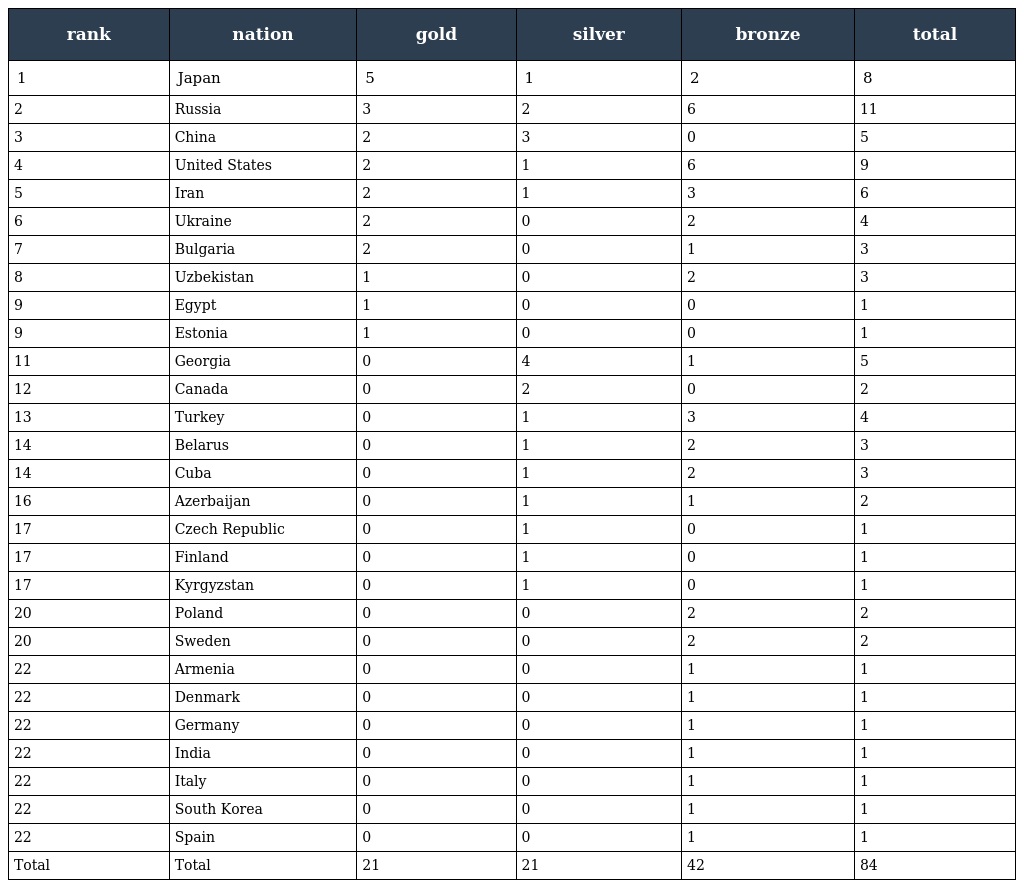
| rank | nation | gold | silver | bronze | total |
 | --- | --- | --- | --- | --- | --- |
 | 1 | Japan | 5 | 1 | 2 | 8 |
 | 2 | Russia | 3 | 2 | 6 | 11 |
 | 3 | China | 2 | 3 | 0 | 5 |
 | 4 | United States | 2 | 1 | 6 | 9 |
 | 5 | Iran | 2 | 1 | 3 | 6 |
 | 6 | Ukraine | 2 | 0 | 2 | 4 |
 | 7 | Bulgaria | 2 | 0 | 1 | 3 |
 | 8 | Uzbekistan | 1 | 0 | 2 | 3 |
 | 9 | Egypt | 1 | 0 | 0 | 1 |
 | 9 | Estonia | 1 | 0 | 0 | 1 |
 | 11 | Georgia | 0 | 4 | 1 | 5 |
 | 12 | Canada | 0 | 2 | 0 | 2 |
 | 13 | Turkey | 0 | 1 | 3 | 4 |
 | 14 | Belarus | 0 | 1 | 2 | 3 |
 | 14 | Cuba | 0 | 1 | 2 | 3 |
 | 16 | Azerbaijan | 0 | 1 | 1 | 2 |
 | 17 | Czech Republic | 0 | 1 | 0 | 1 |
 | 17 | Finland | 0 | 1 | 0 | 1 |
 | 17 | Kyrgyzstan | 0 | 1 | 0 | 1 |
 | 20 | Poland | 0 | 0 | 2 | 2 |
 | 20 | Sweden | 0 | 0 | 2 | 2 |
 | 22 | Armenia | 0 | 0 | 1 | 1 |
 | 22 | Denmark | 0 | 0 | 1 | 1 |
 | 22 | Germany | 0 | 0 | 1 | 1 |
 | 22 | India | 0 | 0 | 1 | 1 |
 | 22 | Italy | 0 | 0 | 1 | 1 |
 | 22 | South Korea | 0 | 0 | 1 | 1 |
 | 22 | Spain | 0 | 0 | 1 | 1 |
 | Total | Total | 21 | 21 | 42 | 84 |